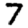
Digit: 7